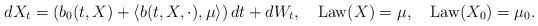
LaTeX: \begin{align*}dX_t=\left(b_0(t,X)+\langle b(t,X,\cdot),\mu\rangle\right)dt+dW_t,\quad\operatorname{Law}(X)=\mu,\quad\operatorname{Law}(X_0)=\mu_0.\end{align*}